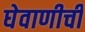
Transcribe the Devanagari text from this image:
घेवाणीची